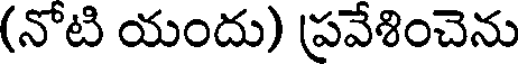
(నోటి యందు) ప్రవేశించెను